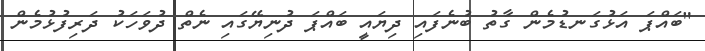
"ބައްޕަ އަޅުގަނޑުމެން ގާތު ބުނެފައި ދިޔައީ ބައްޕަ ދުނިޔޭގައި ނެތް ދުވަހަކު ދަރިފުޅުމެން